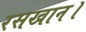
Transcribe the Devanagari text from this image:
रसखान।